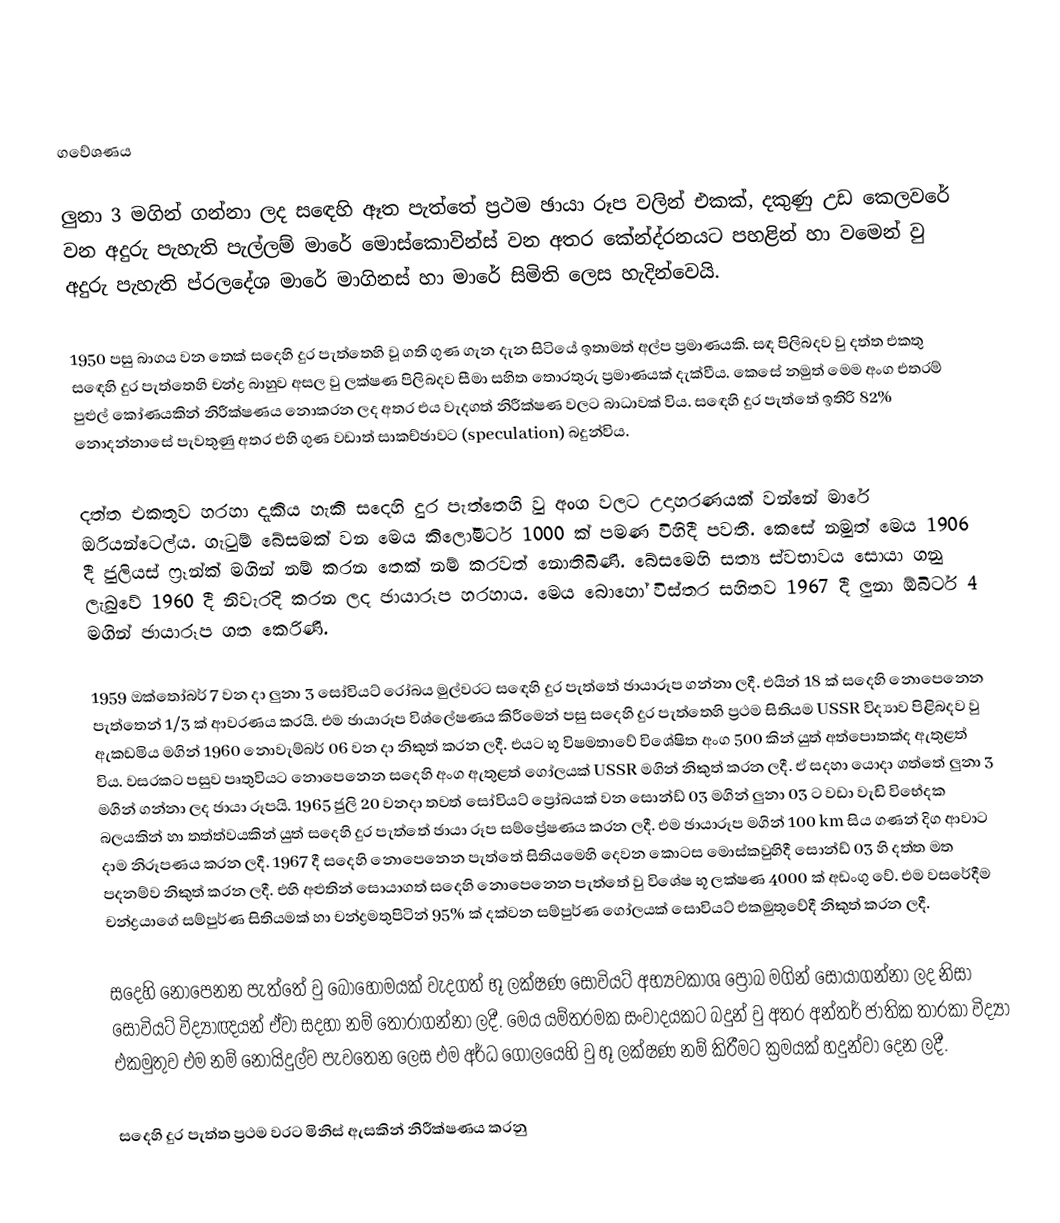

ගවේශණය

ලුනා 3 මගින් ගන්නා ලද සඳෙහි ඈත පැත්තේ ප්‍රථම ඡායා රූප වලින් එකක්, දකුණු උඩ කෙලවරේ වන අදුරු පැහැති පැල්ලම් මාරේ මොස්කොවින්ස් වන අතර කේන්ද්රනය‍ට පහළින් හා වමෙන් වු අදුරු පැහැති ප්රලදේශ මාරේ මාගිනස් හා මාරේ සිමිති ලෙස හැදින්වෙයි.

1950 පසු බාගය වන තෙක් සදෙහි දුර පැත්තෙහි වූ ගති ගුණ ගැන දැන සිටියේ ඉතාමත් අල්ප ප්‍රමාණයකි. සඳ පිලිබදව වු දත්ත එකතු ස‍ඳෙහි දුර පැත්තෙහි චන්ද්‍ර බාහුව අසල වු ලක්ෂණ පිලිබදව සීමා සහිත තොරතුරු ප්‍රමාණයක් දැක්වීය. කෙසේ නමුත් මෙම අංග එතරම් පුළුල් කෝණයකින් නිරීක්ෂණය නොකරන ලද අතර එය වැදගත් නිරීක්ෂණ වලට බාධාවක් විය. ස‍ඳෙහි දුර පැත්තේ ඉතිරි 82% නොදන්නාසේ පැවතුණු අතර එහි ගුණ වඩාත් සාකච්ඡාවට  (speculation) බදුන්විය.

දත්ත එකතුව හරහා දැකිය හැකි සදෙහි දුර පැත්තෙහි වු අංග වලට උදාහරණයක් වන්නේ මාරේ ඔරියන්ටෙල්ය. ගැටුම් බේසමක් වන මෙය කිලෝමීටර් 1000 ක් පමණ විහිදී පවතී. කෙසේ නමුත් මෙය 1906 දී ජුලියස් ෆ්‍රෑන්ක් මගින් නම් කරන තෙක් නම් කරවත් නොතිබිණි. බේසමෙහි සත්‍ය ස්වභාවය සොයා ගනු ලැබුවේ 1960 දී නිවැරදි කරන ලද ඡායාරූප හරහාය. මෙය බොහෝ විස්තර සහිතව 1967 දී ලුනා ඕබිටර් 4 මගින් ඡායාරූප ගත කෙරිණි.

1959 ඔක්තෝබර් 7 වන දා ලුනා 3 සෝවියට් රෝබය මුල්වරට සඳෙහි දුර පැත්තේ ඡායාරූප ගන්නා ලදී. එයින් 18 ක් සදෙහි නොපෙනෙන පැත්තෙන් 1/3 ක් ආවරණය කරයි. එම ඡායාරූප විශ්ලේෂණය කිරීමෙන් පසු සදෙහි දුර පැත්තෙහි ප්‍රථම සිතියම USSR විද්‍යාව පිළිබදව වු ඇකඩමිය මගින් 1960 නොවැම්බර් 06 වන දා නිකුත් කරන ලදී. එයට භූ විෂමතාවේ විශේෂිත අංග 500 කින් යුත් අත්පොතක්ද ඇතුළත් විය. වසරකට පසුව පෘතුවියට නොපෙනෙන සදෙහි අංග ඇතුළත් ගෝලයක් USSR මගින් නිකුත් කරන ලදී. ඒ සදහා යොදා ගත්තේ ලුනා 3 මගින් ගන්නා ලද ඡායා රූපයි.  1965 ජුලි 20 වනදා තවත් සෝවියට් ප්‍රෝබයක් වන සොන්ඩ් 03 මගින් ලුනා 03 ට වඩා වැඩි විභේදක බලයකින් හා තත්ත්වයකින් යුත් සදෙහි දුර පැත්තේ ඡායා රූප සම්ප්‍රේෂණය කරන ලදී. එම ඡායාරූප මගින් 100 km සිය ගණන් දිග ආවාට දාම නිරූපණය කරන ලදී.  1967 දී සදෙහි නොපෙනෙන පැත්තේ සිතියමෙහි දෙවන කොටස මොස්කවුහිදී සොන්ඩ් 03 හි දත්ත මත පදනම්ව නිකුත් කරන ලදී. එහි අළුතින් සොයාගත් සදෙහි නොපෙනෙන පැත්තේ වු විශේෂ භූ ලක්ෂණ 4000 ක් අඩංගු වේ. එම වසරේදීම චන්ද්‍රයාගේ සම්පුර්ණ සිතියමක් හා චන්ද්‍රමතුපිටින් 95% ක් දක්වන සම්පුර්ණ ගෝලයක් සොවියට් එකමුතුවේදී නිකුත් කරන ලදී.

සදෙහි නොපෙනන පැත්තේ වු බොහෝමයක් වැදගත් භූ ලක්ෂණ සෝවියට් අභ්‍යවකාශ ප්‍රෝබ මගින් සොයාගන්නා ලද නිසා සෝවියට් විද්‍යාඥයන් ඒවා සදහා නම් තෝරාගන්නා ලදී. මෙය යම්තරමක සංවාදයකට බදුන් වු අතර අන්තර් ජාතික තාරකා විද්‍යා එකමුතුව එම නම් නොයිදුල්ව පැවතෙන ලෙස එම අර්ධ ගෝලයෙහි වු භූ ලක්ෂණ නම් කිරීමට ක්‍රමයක් හදුන්වා දෙන ලදී.

සදෙහි දුර පැත්ත ප්‍රථම වරට මිනිස් ඇසකින් නිරීක්ෂණය කරනු